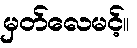
မှတ်လေမင့်။